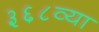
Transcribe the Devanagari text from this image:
३६८व्या